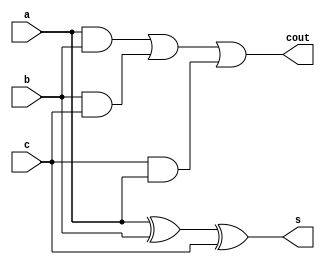
`timescale 1ns / 1ps
//////////////////////////////////////////////////////////////////////////////////
// Company: 
// Engineer: 
// 
// Design Name: 
// Module Name:    full_adder 
// Project Name: 
// Target Devices: 
// Tool versions: 
// Description: 
//
// Dependencies: 
//
// Revision: 
// Revision 0.01 - File Created
// Additional Comments: 
//
//////////////////////////////////////////////////////////////////////////////////
module full_adder(a,b,c,s,cout
    );
	 
	 input a,b,c;
	 output s,cout;
	 wire s,cout;
	 assign s=a^b^c;
	 assign cout = (a&b) | (b&c) | (c&a);


endmodule